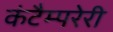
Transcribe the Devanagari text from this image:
कंटैम्परेरी